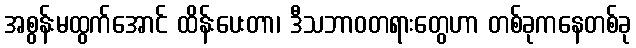
အစွန်းမထွက်အောင် ထိန်းပေးတာ၊ ဒီသဘာဝတရားတွေဟာ တစ်ခုကနေတစ်ခု